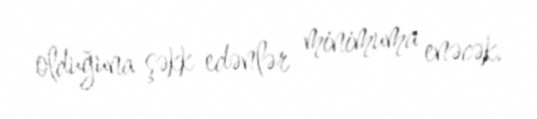
olduğuna şəkk edənlər minimuma enəcək.